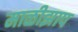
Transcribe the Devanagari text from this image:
माळीझाप